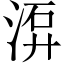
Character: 𣷮